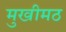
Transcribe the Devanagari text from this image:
मुखीमठ